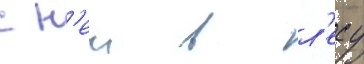
с н'еи в л'есу